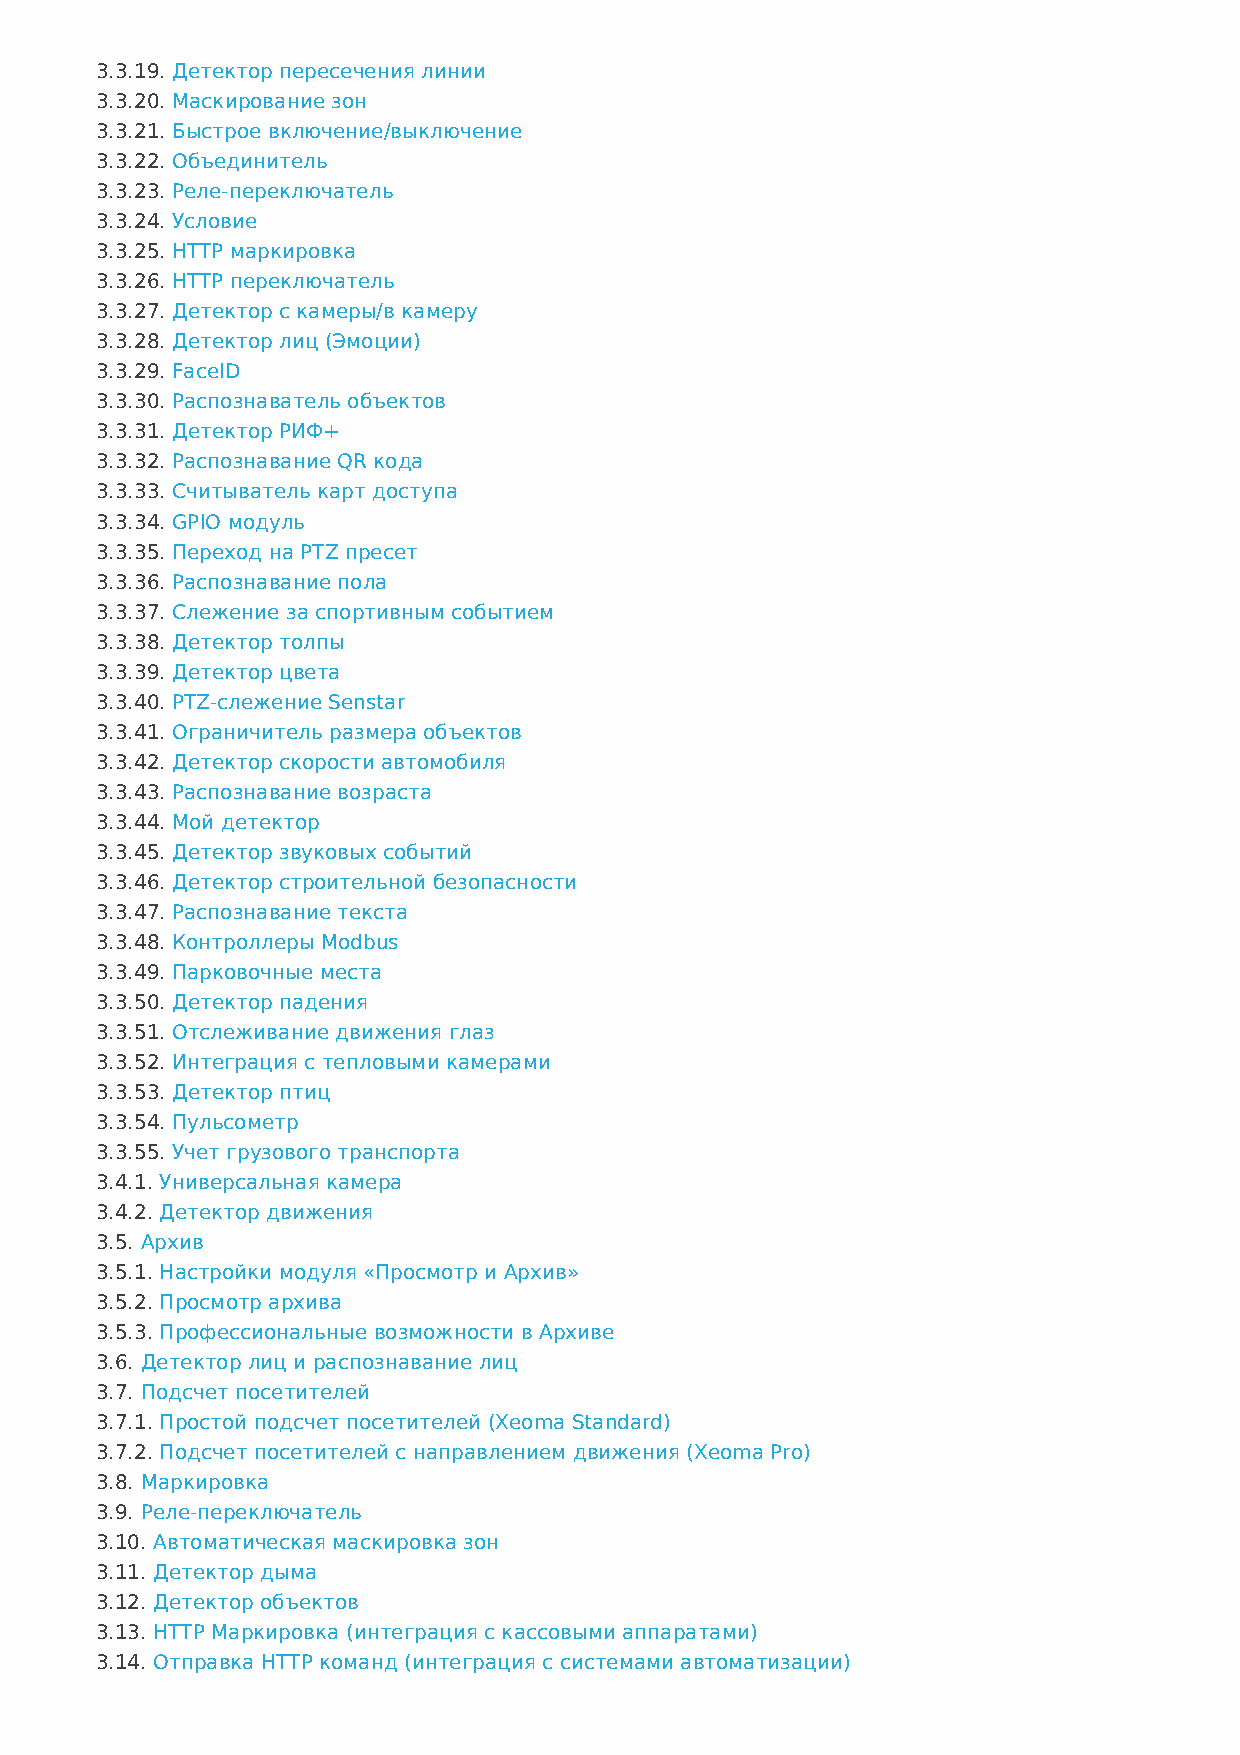
3.3.19. Детектор пересечения линии
 3.3.20. Маскирование зон
 3.3.21. Быстрое включение/выключение
 3.3.22. Объединитель
 3.3.23. Реле-переключатель
 3.3.24. Условие
 3.3.25. HTTP маркировка
 3.3.26. HTTP переключатель
 3.3.27. Детектор с камеры/в камеру
 3.3.28. Детектор лиц (Эмоции)
 3.3.29. FaceID
 3.3.30. Распознаватель объектов
 3.3.31. Детектор РИФ+
 3.3.32. Распознавание QR кода
 3.3.33. Считыватель карт доступа
 3.3.34. GPIO модуль
 3.3.35. Переход на PTZ пресет
 3.3.36. Распознавание пола
 3.3.37. Слежение за спортивным событием
 3.3.38. Детектор толпы
 3.3.39. Детектор цвета
 3.3.40. PTZ-слежение Senstar
 3.3.41. Ограничитель размера объектов
 3.3.42. Детектор скорости автомобиля
 3.3.43. Распознавание возраста
 3.3.44. Мой детектор
 3.3.45. Детектор звуковых событий
 3.3.46. Детектор строительной безопасности
 3.3.47. Распознавание текста
 3.3.48. Контроллеры Modbus
 3.3.49. Парковочные места
 3.3.50. Детектор падения
 3.3.51. Отслеживание движения глаз
 3.3.52. Интеграция с тепловыми камерами
 3.3.53. Детектор птиц
 3.3.54. Пульсометр
 3.3.55. Учет грузового транспорта
 3.4.1. Универсальная камера
 3.4.2. Детектор движения
 3.5. Архив
 3.5.1. Настройки модуля «Просмотр и Архив»
 3.5.2. Просмотр архива
 3.5.3. Профессиональные возможности в Архиве
 3.6. Детектор лиц и распознавание лиц
 3.7. Подсчет посетителей
 3.7.1. Простой подсчет посетителей (Xeoma Standard)
 3.7.2. Подсчет посетителей с направлением движения (Xeoma Pro)
 3.8. Маркировка
 3.9. Реле-переключатель
 3.10. Автоматическая маскировка зон
 3.11. Детектор дыма
 3.12. Детектор объектов
 3.13. HTTP Маркировка (интеграция с кассовыми аппаратами)
 3.14. Отправка HTTP команд (интеграция с системами автоматизации)